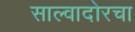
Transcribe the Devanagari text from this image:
साल्वादोरचा